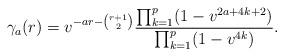
LaTeX: \begin{align*} \gamma_{a}(r) =v^{-ar - {r+1 \choose 2}} \frac{\prod_{k=1}^p (1-v^{2a+4k+2})}{\prod_{k=1}^p (1-v^{4k})}.\end{align*}